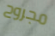
مجروح